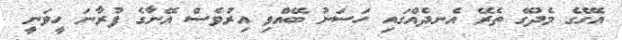
އެގޭގެ މެދުގޭ ތެރޭ އެނދެއްގައި ހަސަނު ބޭއްވި އިރުވެސް އޭނާގެ ފުރާނަ ހީވަނީ